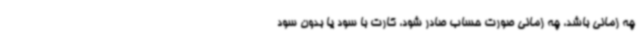
چه زمانی باشد، چه زمانی صورت حساب صادر شود، کارت با سود یا بدون سود